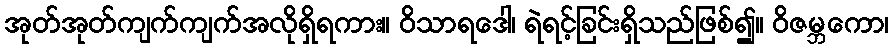
အုတ်အုတ်ကျက်ကျက်အလိုရှိရကား။ ဝိသာရဒေါ၊ ရဲရင့်ခြင်းရှိသည်ဖြစ်၍။ ဝိဇမ္ဘကော၊